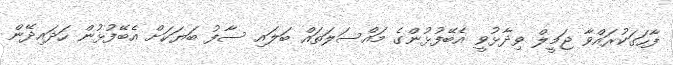
ފާހަގަކުރައްވާ ޖަމީލް ވިދާޅުވީ އެބޭފުޅުންގެ މައްސަލަތައް ބަލައި ސާފު ބަޔަކަށް އެބޭފުޅުން ހަދައިދޭން